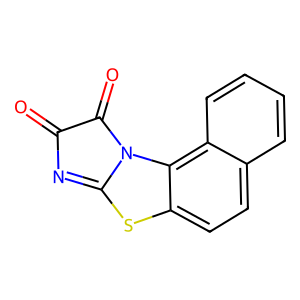
SMILES: O=C1N=C2Sc3ccc4ccccc4c3N2C1=O
Inhibits HIV replication: No